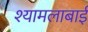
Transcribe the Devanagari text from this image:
श्यामलाबाई